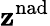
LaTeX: \mathbf{z}^{\mathrm{{nad}}}